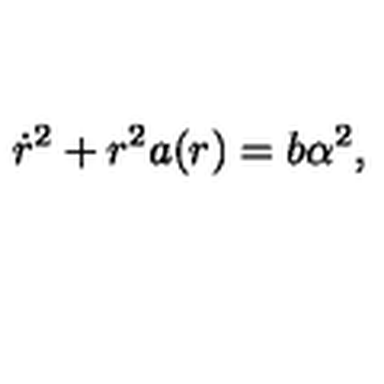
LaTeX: \dot { r } ^ { 2 } + r ^ { 2 } a ( r ) = b \alpha ^ { 2 } ,